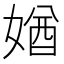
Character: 媨